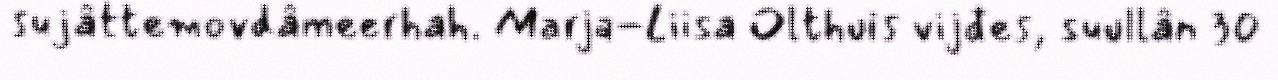
sujâttemovdâmeerhah. Marja-Liisa Olthuis vijđes, suullân 30